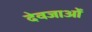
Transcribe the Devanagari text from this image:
देवजाओं